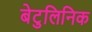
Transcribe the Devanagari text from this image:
बेटुलिनिक